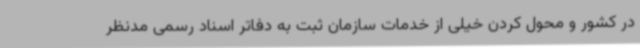
در کشور و محول کردن خیلی از خدمات سازمان ثبت به دفاتر اسناد رسمی مدنظر